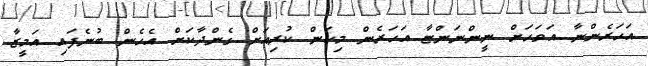
އަހަރެންނާ އަވަހަށް ނީންނަންޏާ އަހަރެން މިކަން ކުރިއަށް ގެންދާކަށް އެހެން ބުނެފައި އަމީޒާ